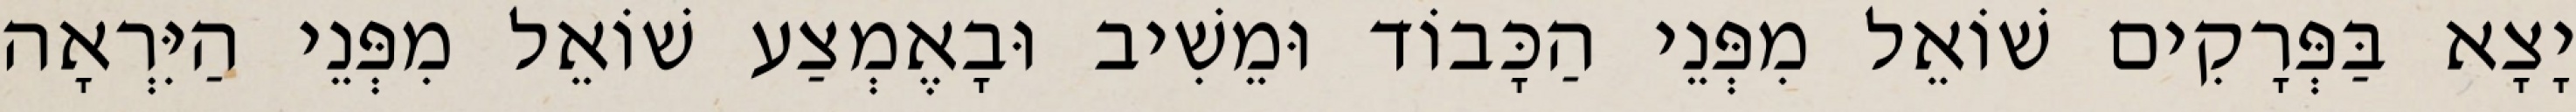
יָצָא בַּפְּרָקִים שׁוֹאֵל מִפְּנֵי הַכָּבוֹד וּמֵשִׁיב וּבָאֶמְצַע שׁוֹאֵל מִפְּנֵי הַיִּרְאָה